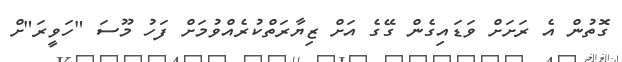
ގޮތުން އެ ރަށަށް ވަޑައިގެން ގޭގެ އަށް ޒިޔާރަތްކުރެއްވުމަށް ފަހު މޫސަ "ހަވީރަ"ށް